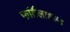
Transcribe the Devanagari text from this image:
फर्टिलाइज़्ड